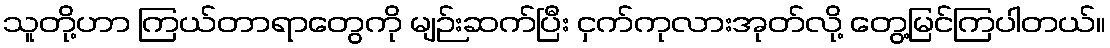
သူတို့ဟာ ကြယ်တာရာတွေကို မျဉ်းဆက်ပြီး ငှက်ကုလားအုတ်လို့ တွေ့မြင်ကြပါတယ်။